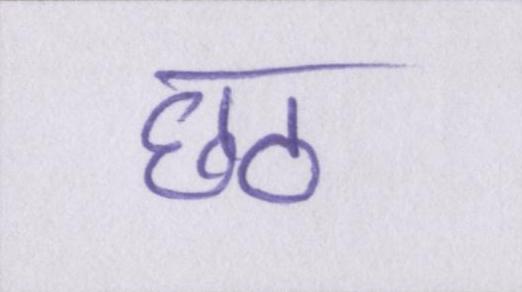
छठ